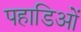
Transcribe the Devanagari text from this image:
पहाडिओं